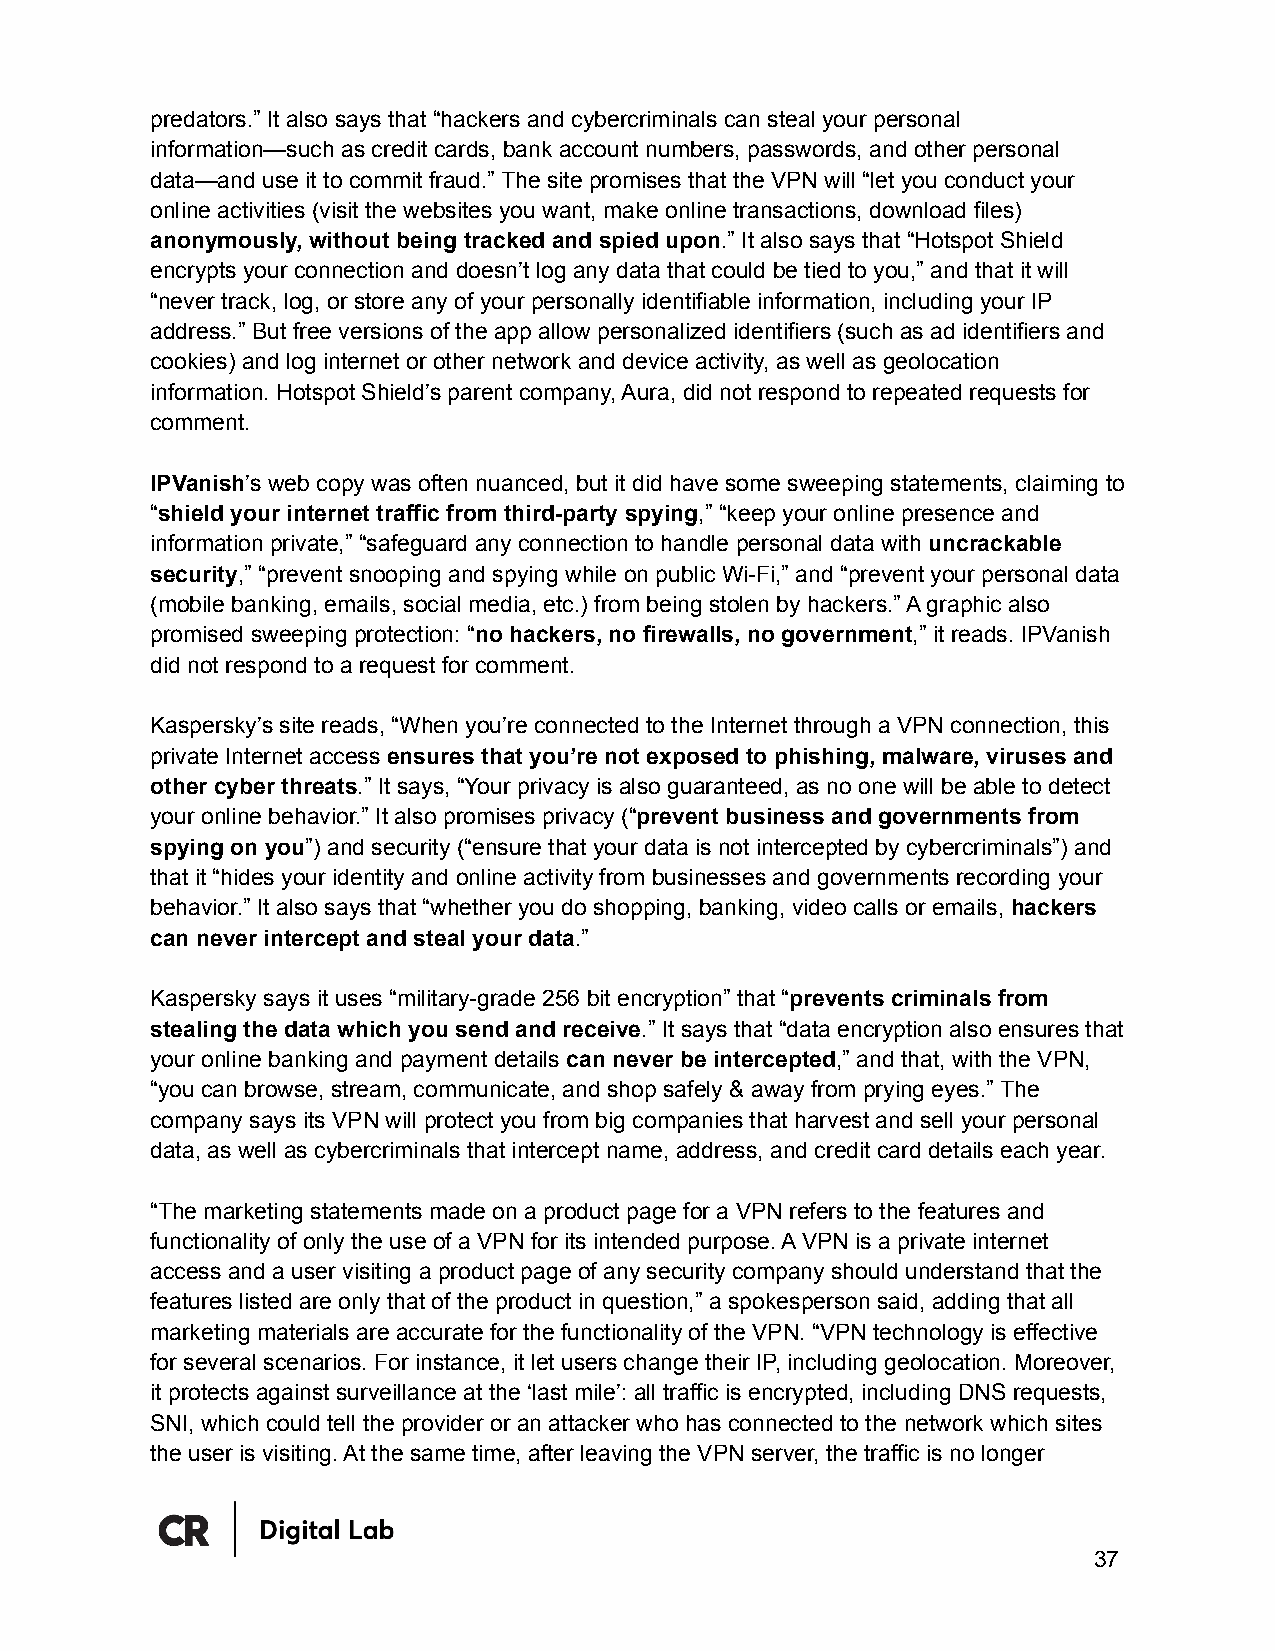
predators.” It also says that “hackers and cybercriminals can steal your personal
 information—such as credit cards, bank account numbers, passwords, and other personal
 data—and use it to commit fraud.” The site promises that the VPN will “let you conduct your
 online activities (visit the websites you want, make online transactions, download files)
 anonymously, without being tracked and spied upon.” It also says that “Hotspot Shield
 encrypts your connection and doesn’t log any data that could be tied to you,” and that it will
 “never track, log, or store any of your personally identifiable information, including your IP
 address.” But free versions of the app allow personalized identifiers (such as ad identifiers and
 cookies) and log internet or other network and device activity, as well as geolocation
 information. Hotspot Shield’s parent company, Aura, did not respond to repeated requests for
 comment.
 IPVanish’s web copy was often nuanced, but it did have some sweeping statements, claiming to
 “shield your internet traffic from third-party spying,” “keep your online presence and
 information private,” “safeguard any connection to handle personal data with uncrackable
 security,” “prevent snooping and spying while on public Wi-Fi,” and “prevent your personal data
 (mobile banking, emails, social media, etc.) from being stolen by hackers.” A graphic also
 promised sweeping protection: “no hackers, no firewalls, no government,” it reads. IPVanish
 did not respond to a request for comment.
 Kaspersky’s site reads, “When you’re connected to the Internet through a VPN connection, this
 private Internet access ensures that you’re not exposed to phishing, malware, viruses and
 other cyber threats.” It says, “Your privacy is also guaranteed, as no one will be able to detect
 your online behavior.” It also promises privacy (“prevent business and governments from
 spying on you”) and security (“ensure that your data is not intercepted by cybercriminals”) and
 that it “hides your identity and online activity from businesses and governments recording your
 behavior.” It also says that “whether you do shopping, banking, video calls or emails, hackers
 can never intercept and steal your data.”
 Kaspersky says it uses “military-grade 256 bit encryption” that “prevents criminals from
 stealing the data which you send and receive.” It says that “data encryption also ensures that
 your online banking and payment details can never be intercepted,” and that, with the VPN,
 “you can browse, stream, communicate, and shop safely & away from prying eyes.” The
 company says its VPN will protect you from big companies that harvest and sell your personal
 data, as well as cybercriminals that intercept name, address, and credit card details each year.
 “The marketing statements made on a product page for a VPN refers to the features and
 functionality of only the use of a VPN for its intended purpose. A VPN is a private internet
 access and a user visiting a product page of any security company should understand that the
 features listed are only that of the product in question,” a spokesperson said, adding that all
 marketing materials are accurate for the functionality of the VPN. “VPN technology is effective
 for several scenarios. For instance, it let users change their IP, including geolocation. Moreover,
 it protects against surveillance at the ‘last mile’: all traffic is encrypted, including DNS requests,
 SNI, which could tell the provider or an attacker who has connected to the network which sites
 the user is visiting. At the same time, after leaving the VPN server, the traffic is no longer
 37